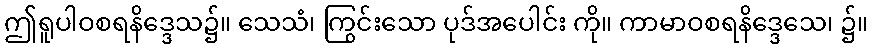
ဤရူပါဝစရနိဒ္ဒေသ၌။ သေသံ၊ ကြွင်းသော ပုဒ်အပေါင်း ကို။ ကာမာဝစရနိဒ္ဒေသေ၊ ၌။